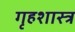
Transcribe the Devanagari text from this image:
गृहशास्त्र